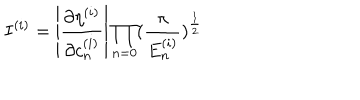
I ^ { ( i ) } = \left| \frac { \partial \eta ^ { ( i ) } } { \partial c _ { n } ^ { ( i ) } } \right| \prod _ { n = 0 } ( \frac { \pi } { E _ { n } ^ { ( i ) } } ) ^ { \frac { 1 } { 2 } }